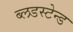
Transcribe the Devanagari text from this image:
ब्लडस्टेन्ड